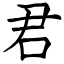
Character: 君